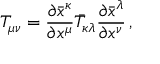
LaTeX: T _ { \mu \nu } = { \frac { \partial { \bar { x } } ^ { \kappa } } { \partial { x } ^ { \mu } } } { \bar { T } } _ { \kappa \lambda } { \frac { \partial { \bar { x } } ^ { \lambda } } { \partial { x } ^ { \nu } } } \, ,